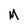
Character: M